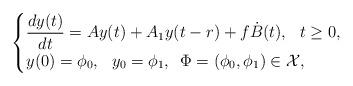
LaTeX: \begin{align*}\begin{cases}\displaystyle\frac{dy(t)}{dt} =Ay(t) + A_1 y(t-r)+ f \dot B(t),\,\,\,\,t\ge 0,\\y(0)=\phi_0,\,\,\,\,y_0=\phi_1,\,\,\,\Phi=(\phi_0, \phi_1)\in {\cal X},\end{cases}\end{align*}